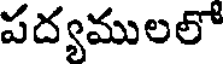
పద్యములలో